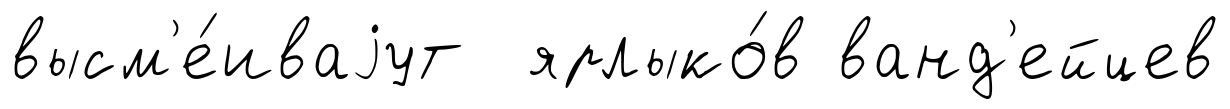
высм'е́иваjут ярлыко́в ванд'ейцев